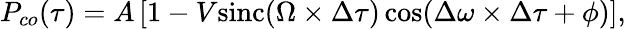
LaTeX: P_{co}(\tau)=A\left[1-V\mathrm{sinc}(\Omega\times\Delta\tau)\cos(\Delta\omega\times\Delta\tau+\phi)\right],